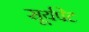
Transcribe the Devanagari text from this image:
सूर्यपेट